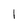
Character: 1